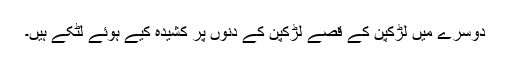
دوسرے میں لڑکپن کے قصے لڑکپن کے دنوں پر کشیدہ کیے ہوئے لٹکے ہیں۔